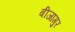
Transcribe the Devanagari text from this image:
बीजागुर